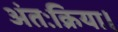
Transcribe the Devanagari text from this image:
अंतःक्रिया।